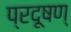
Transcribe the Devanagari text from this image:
प्रदूषण्